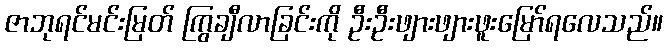
ဇာဘုရင်မင်းမြတ် ကြွချီလာခြင်းကို ဦးဦးဖျားဖျားဖူးမြော်ရလေသည်။